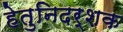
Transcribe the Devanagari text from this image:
हेतुनिदर्शक